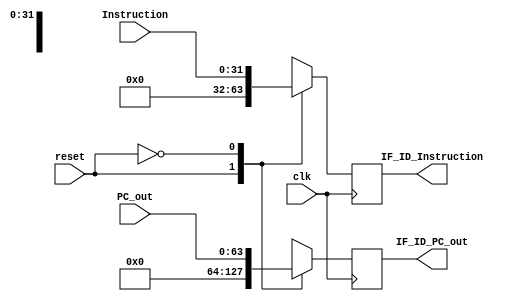
`timescale 1ns / 1ps

module IF_ID(clk, reset, PC_out, Instruction, IF_ID_PC_out, IF_ID_Instruction); 

//inputs
input clk, reset; // 1 bit 
input [31:0] Instruction; //32 bits
input [63:0] PC_out; //64 bits

//outputs
output reg [31:0] IF_ID_Instruction; //32 bits
output reg [63:0] IF_ID_PC_out; //64 bits

//Assigning values
always @ (posedge clk) // triggers re-evaluation on positive clk edge or active Flush signal
begin
    case (reset)
        1'b1: // reset on -- resetting 
            begin
            IF_ID_Instruction <= 0;
            IF_ID_PC_out <= 0;
            end
        1'b0: // reset off -- setting values
            begin
            IF_ID_Instruction <= Instruction;
            IF_ID_PC_out <= PC_out;
            end
    endcase
end
endmodule